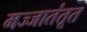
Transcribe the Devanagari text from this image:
मज्जातंतूत